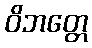
ဝိဘတ္တေ